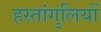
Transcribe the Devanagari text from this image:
हस्तांगुलियों